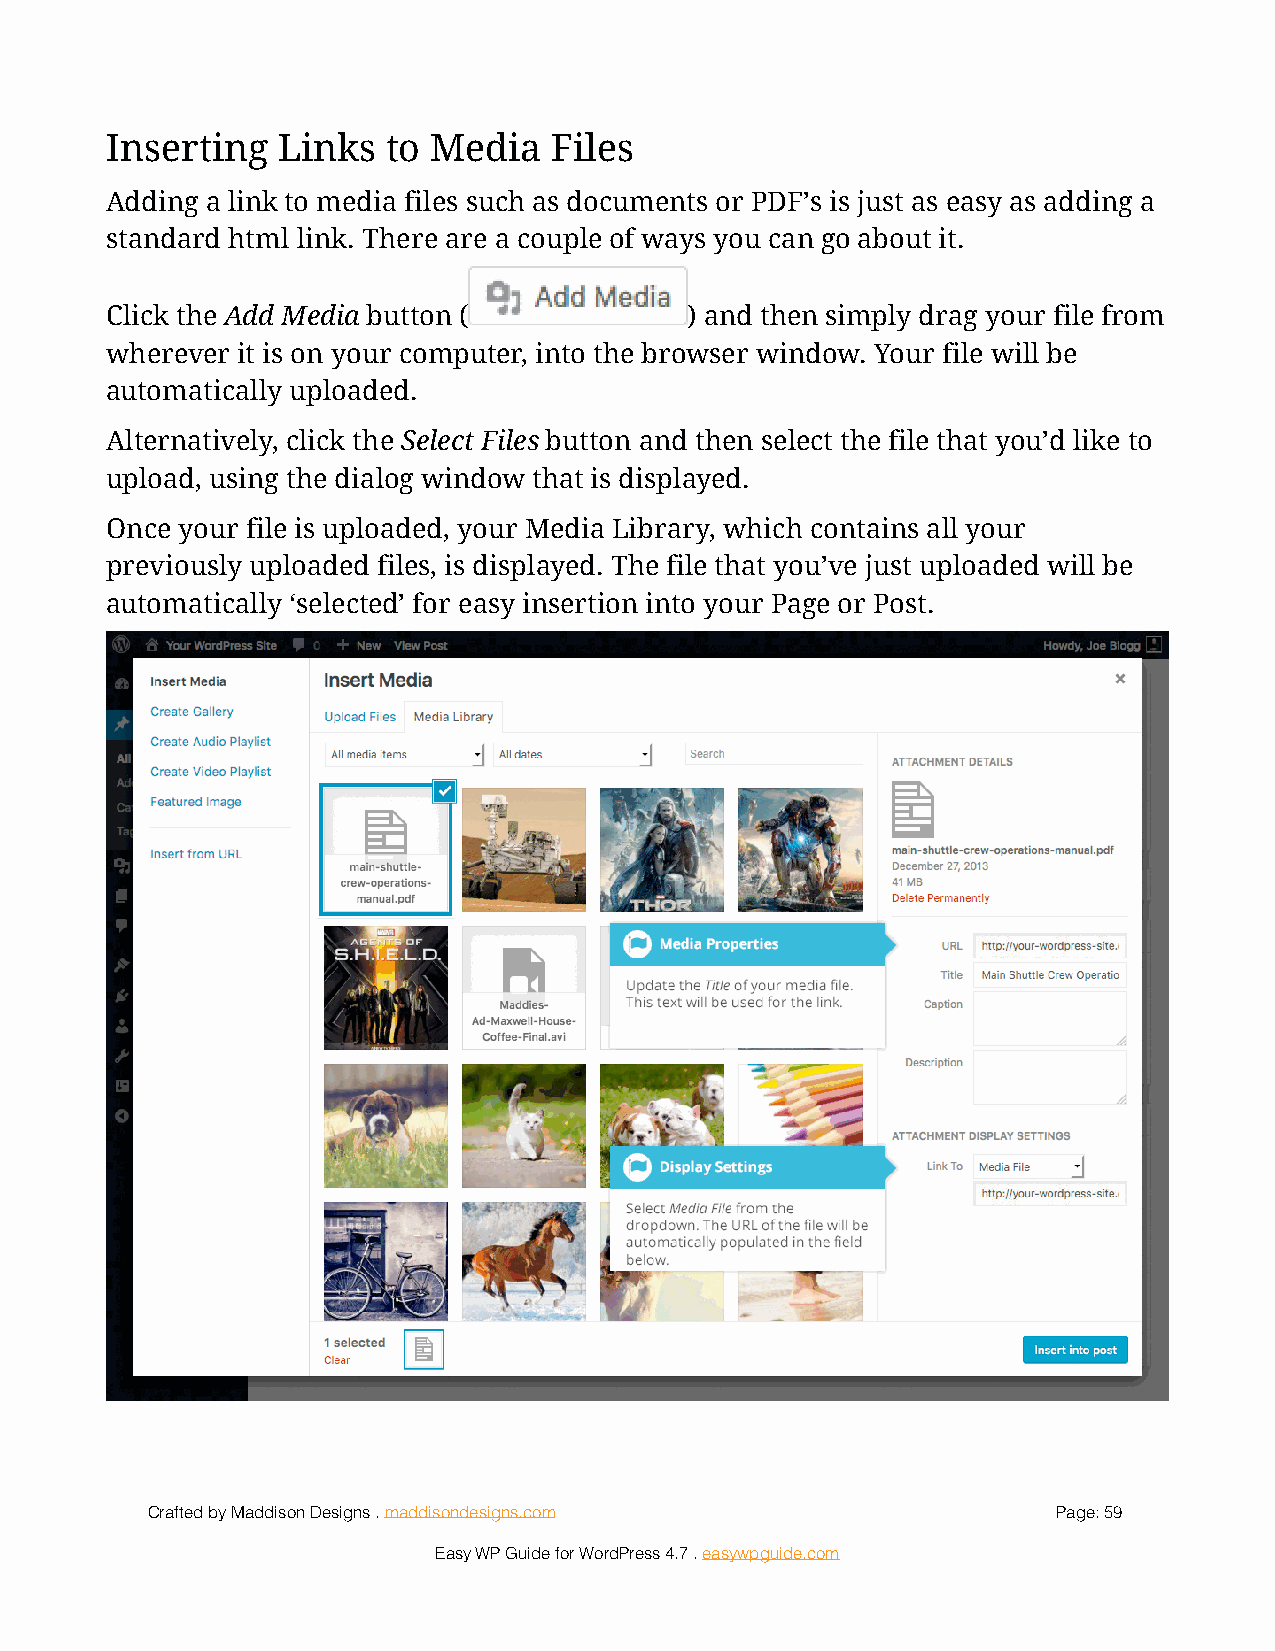
Inserting  Links   to Media  Files
 Adding a link to media files such as documents or PDF’s is just as easy as adding a
 standard html link. There are a couple of ways you can go about it.
 Click the Add Media button (!          ) and then simply drag your file from
 wherever it is on your computer, into the browser window. Your file will be
 automatically uploaded.
 Alternatively, click the Select Files button and then select the file that you’d like to
 upload, using the dialog window that is displayed.
 Once your file is uploaded, your Media Library, which contains all your
 previously uploaded files, is displayed. The file that you’ve just uploaded will be
 automatically ‘selected’ for easy insertion into your Page or Post.
 !
 Crafted by Maddison Designs . maddisondesigns.com           Page: 5 9
 Easy WP Guide for WordPress 4.7 . easywpguide.com